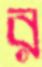
র